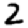
Digit: 2